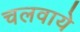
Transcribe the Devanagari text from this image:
चलवाये